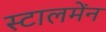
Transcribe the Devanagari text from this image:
स्टालमेंन